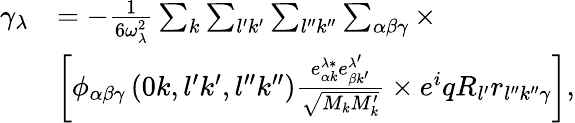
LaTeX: \begin{array}{rl}{\gamma_{\lambda}}&{=-\frac{1}{6\omega_{\lambda}^{2}}\sum_{k}\sum_{l^{\prime}k^{\prime}}\sum_{l^{\prime\prime}k^{\prime\prime}}\sum_{\alpha\beta\gamma}\times}\\ &{\left[\phi_{\alpha\beta\gamma}\left(0k,l^{\prime}k^{\prime},l^{\prime\prime}k^{\prime\prime}\right)\frac{e_{\alpha k}^{\lambda\ast}e_{\beta k^{\prime}}^{\lambda^{\prime}}}{\sqrt{M_{k}M_{k}^{\prime}}}\times e^{i}qR_{l^{\prime}}r_{l^{\prime\prime}k^{\prime\prime}\gamma}\right],}\end{array}